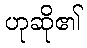
ဟုဆို၏